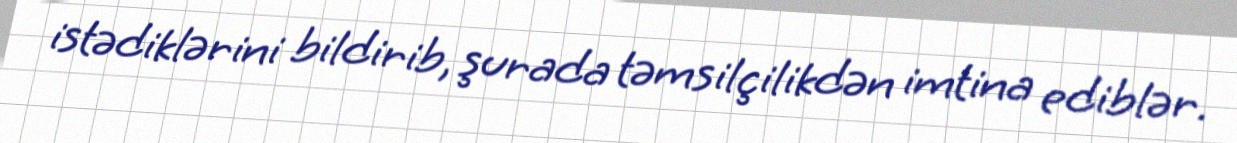
istədiklərini bildirib, şurada təmsilçilikdən imtina ediblər.